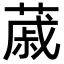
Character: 𦸗